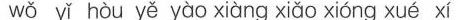
wǒ yǐ hòu yě yào xiàng xiǎo xióng xué xi